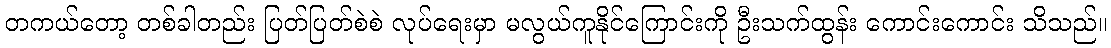
တကယ်တော့ တစ်ခါတည်း ပြတ်ပြတ်စဲစဲ လုပ်ရေးမှာ မလွယ်ကူနိုင်ကြောင်းကို ဦးသက်ထွန်း ကောင်းကောင်း သိသည်။